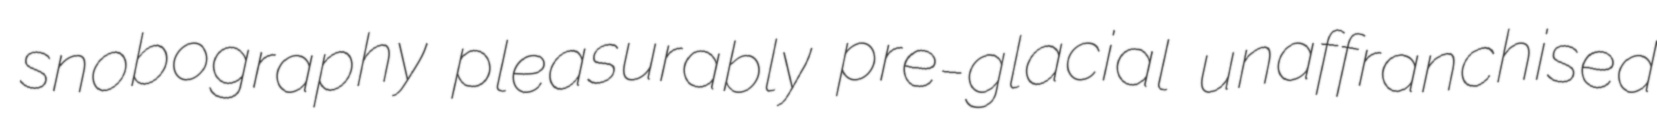
snobography pleasurably pre-glacial unaffranchised